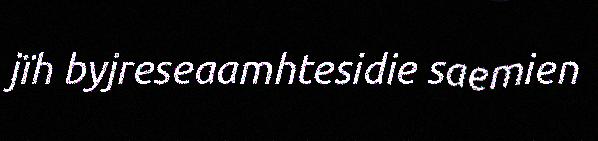
jïh byjreseaamhtesidie saemien